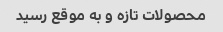
محصولات تازه و به موقع رسید